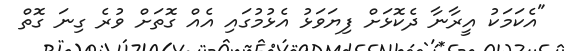
"އެކަމަކު އީރާނާ ދެކޮޅަށް ފިޔަވަޅު އެޅުމުގައި އެއް ގޮތަށް ވުރެ ގިނަ ގޮތް